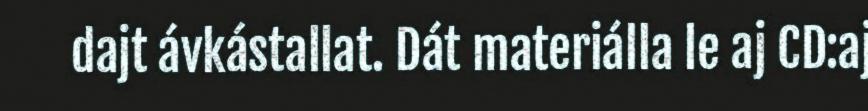
dajt ávkástallat. Dát materiálla le aj CD:aj